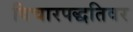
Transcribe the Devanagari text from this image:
विचारपद्धतिवर